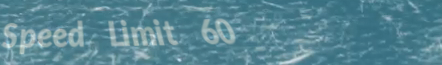
Speed Limit 60